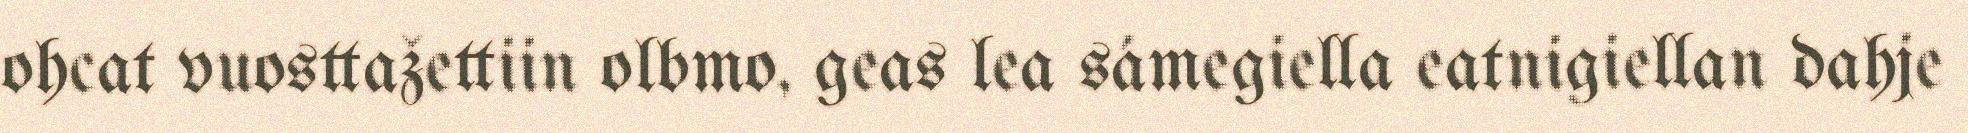
ohcat vuosttažettiin olbmo, geas lea sámegiella eatnigiellan dahje